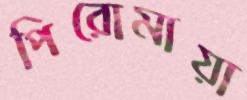
পিরোমায়া